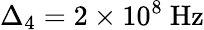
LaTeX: \Delta_{4}=2\times 10^{8}~\mathrm{Hz}